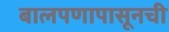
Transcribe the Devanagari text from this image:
बालपणापासूनची